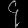
Digit: ၄